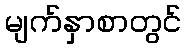
မျက်နှာစာတွင်